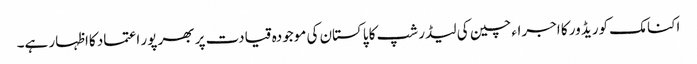
اکنامک کوریڈ ور کا اجراء چین کی لیڈر شپ کا پاکستان کی موجودہ قیادت پر بھر پور اعتماد کااظہار ہے۔